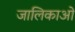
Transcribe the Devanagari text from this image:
जालिकाओं